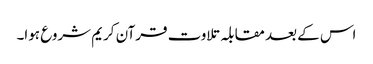
اس کے بعد مقابلہ تلاوت قرآن کریم شروع ہوا۔